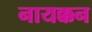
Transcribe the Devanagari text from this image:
नायक्कन